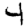
Digit: 4